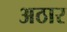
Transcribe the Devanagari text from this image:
अठार